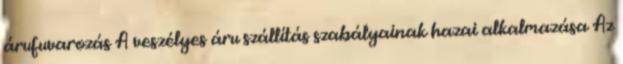
árufuvarozás A veszélyes áru szállítás szabályainak hazai alkalmazása Az